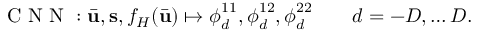
\mathrm { ~ C ~ N ~ N ~ } : \bar { \mathbf { u } } , \mathbf { s } , f _ { H } ( \bar { \mathbf { u } } ) \mapsto \boldsymbol { \phi } _ { d } ^ { 1 1 } , \boldsymbol { \phi } _ { d } ^ { 1 2 } , \boldsymbol { \phi } _ { d } ^ { 2 2 } \qquad d = - D , \ldots D .